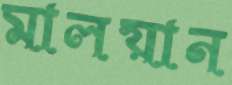
মালয়ান